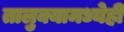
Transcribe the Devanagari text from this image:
तालुक्यामध्येही